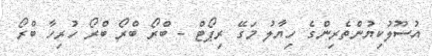
އުސޫލުކިޔުންތެރިންގެ ހިޔާލު މަގޭ ރިޕޯޓް - ބްރޯ ބްރޯ ބްރޯ ހުރިހާ ބްރޯ